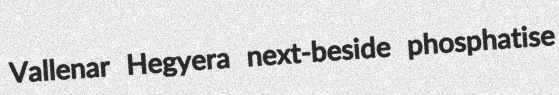
Vallenar Hegyera next-beside phosphatise